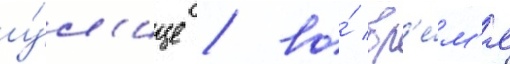
у́л'ице / во́ вр'е́м'я